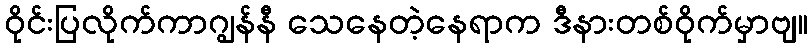
ဝိုင်းပြလိုက်ကာဂျွန်နီ သေနေတဲ့နေရာက ဒီနားတစ်ဝိုက်မှာဗျ။